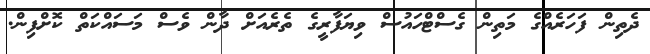
ދެތިން ފަހަރެއްގެ މަތިން ގެސްޓްހައުސް ވިޔަފާރީގެ ތެރެއަށް ދާން ވެސް މަސައްކަތް ކޮށްފިން.